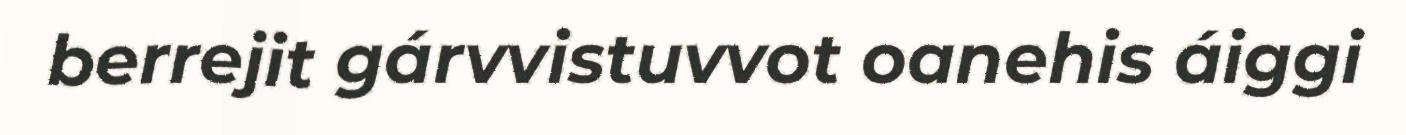
berrejit gárvvistuvvot oanehis áiggi